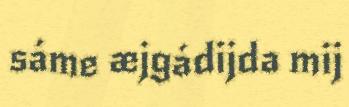
sáme æjgádijda mij